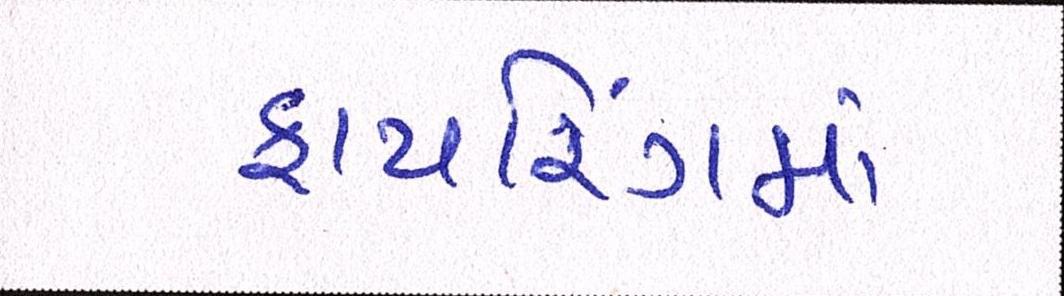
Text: ફાયરિંગમાં